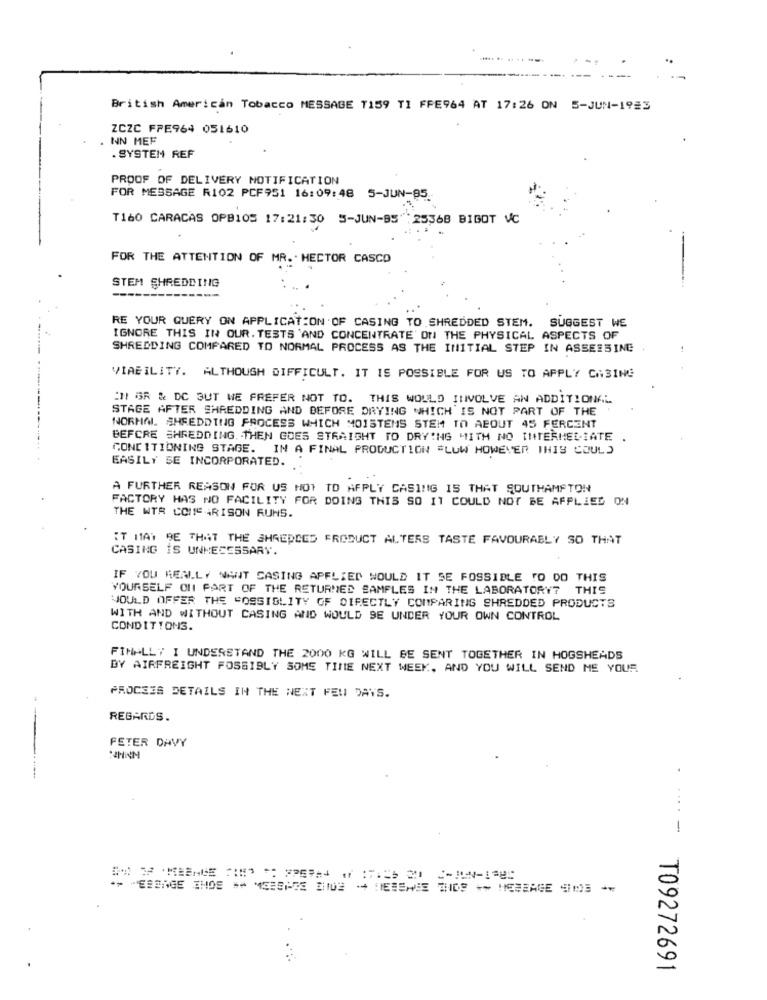
---------- ----
British American Tobacco MESSAGE T159 TI FFE964 AT 17:26 ON 5-JUN-1923
ZCZC FPE964 051610
NN MEF
. SYSTEM REF
PROOF OF DELIVERY NOTIFICATION
FOR MESSAGE R102 PCF951 16:09:48 5-JUN-95
T160 CARACAS OPB105 17:21:30 5-JUN-B5 25368 BIGOT VC
FOR THE ATTENTION OF MR. . HECTOR CASCO
STEM SHREDDING
RE YOUR QUERY ON APPLICATION OF CASING TO SHREDDED STEM. SUGGEST WE
IGNORE THIS IN OUR. TESTS 'AND CONCENTRATE ON THE PHYSICAL ASPECTS OF
SHREDDING COMPARED TO NORMAL PROCESS AS THE INITIAL STEP IN ASSESSING
VIABILITY. ALTHOUGH DIFFICULT. IT IS POSSIBLE FOR US TO APPLY CASING
:11 GR & DC BUT WE PREFER NOT TO. THIS WOULD INVOLVE AN ADDITIONAL
STAGE AFTER SHREDDING AND BEFORE DRYING WHICH IS NOT PART OF THE
NORMAL. SHREDDING PROCESS WHICH MOISTENS STEM TO ABOUT 45 FERCENT
BEFORE SHREDDING. THEN GOES STRAIGHT TO DRYING MITH NO INTERMEDIATE
CONDITIONING STAGE. IN A FINAL PRODUCTION =LUW HOWEVER THIS COULD
EASILY SE INCORPORATED.
A FURTHER REASON FOR US NOT TO APPLY CASING IS THAT SOUTHAMPTON
FACTORY HAS NO FACILITY FOR DOING THIS SO IT COULD NOT BE APPLIED ON
THE WTR COMPARISON RUNS.
IT MAY 9E THAT THE SHREDDED PRODUCT ALTERS TASTE FAVOURABLY SO THAT
CASING IS UNNECESSARY.
IF YOU REALLY NANT CASING APPLIED WOULD IT SE FOSSIBLE TO DO THIS
YOURSELF ON PART OF THE RETURNED SAMPLES IN THE LABORATORY? THIS
WOULD OFFER THE "OSSIGLITY OF DIRECTLY COMPARING SHREDDED PRODUCTS
WITH AND WITHOUT CASING AND WOULD SE UNDER YOUR OWN CONTROL
CONDITIONS.
FINALLY I UNDERSTAND THE 2000 KG WILL BE SENT TOGETHER IN HOGSHEADS
BY AIRFREIGHT POSSIBLY SOME TIME NEXT WEEK, AND YOU WILL SEND ME YOUR
PROCESS DETAILS IN THE NEXT FEW DAYS.
REGARDS.
PETER DAVY
-
*****- T09272691